Vital statistics of India. Vol. IV, Annual returns from 1871 to 1876. British Army of India, Native Army and jails of Bengal
Year: 1871
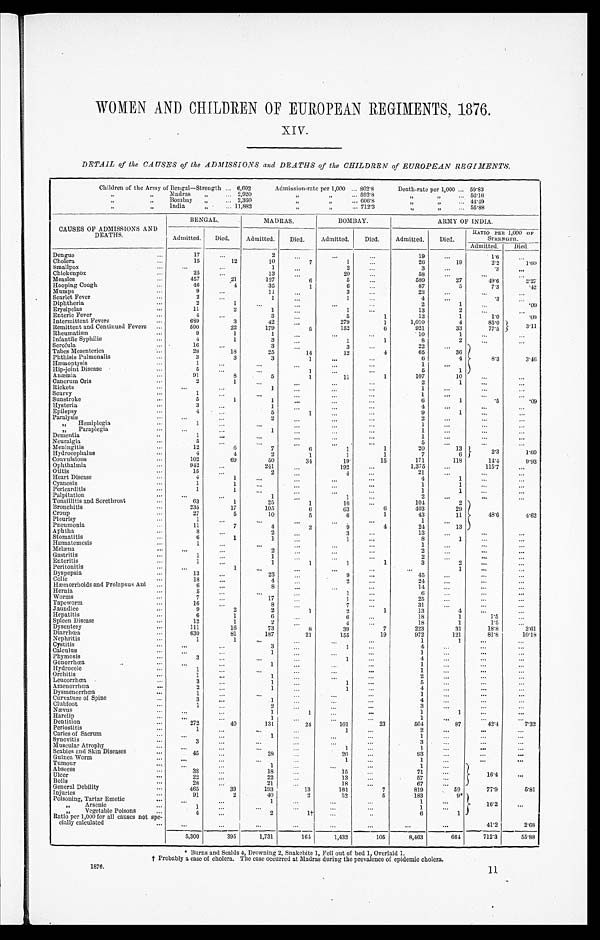
WOMEN AND CHILDREN OF EUROPEAN REGIMENTS, 1876.
X I V .
DETAIL of the CAUSES of the ADMISSIONS and DEATHS of the CHILDREN of EUROPEAN REGIMENTS.
Children of the Army of Bengal—Strength 6,602 Admission-rate per 1,000 802.8 Death-rate per 1,000 5 9 . 8 3
" " Madras
2,920 " " 592.8 " " 5 6 . 1 0
„" " Bombay "
2 , 3 6 0 " " 606.8 " " 4 4 . 4 9
" " India
11,882 " " 712.3 " " 5 5 . 8 8
CAUSES OF ADMISSIONS AND
DEATHS.
BENGAL.
MADRAS.
BOMBAY.
A R M Y O F I N D I A .
Admitted. Died. Admitted. Died. Admitted. Died. Admitted. Died.
RATIO PER 1,000 OF
STRENGTH.
Admitted. Died.
Dengue
17
2
19
1 . 6
Cholera
15
12
1 0 7
1
260
19
2.2
1 . 6 0
Smallpox
1
2
3
.3
2.27
Chickenpox
25
13
20
58
Measles
457
21
127
6
5
589
27
4 9 . 6
Hooping Cough
46
4
35
1
6
87
5
7.3
.42
Mumps
9
11
3
23
Scarlet Fever
2
1
1
4
.3
Diphtheria
2
1
2
1
.09
Erysipelas
11
2
1
1
13
2
Enteric Fever
4
3
5
1
12
1
1.0
.09
Intermittent. Fevers
689
3
42
279
1
1,010
4
85.0 3. 11
Remittent and Continued Fevers
590
22
179
5
152
6
921
33
77.5
Rheumatism
9
1
1
10
1
Infantile Syphilis
4
1
3
1
1
8
2
Scrofula.
16
3
3
22
8.3
3.46
Tapes Mesenteriea
28
18
25
14
12
4
65
30
Phthisis Pulmonalis
3
3
3
1
6
4
Hæmoptysis
1
1
Hip-joint Disease
5
1
5
1
Anæmia
91
8
5
1
11
1
107
10
Canerum Oris
2
1
2
1
Rickets
1
1
Scurvy
1
1
Sunstroke
5
1
1
6
1
.5
.09
Hysteria
3
1
4
Epilepsy
4
5
1
9
1
Paralysis
2
2
" Hemiplegia
1
1
Paraplegia
1
1
Dementia
1
1
Neuralgia
5
5
Meningitis
12
6
7
6
1
1
20
13
2 . 3
1.60
Hydrocephalus
4
4
2
1
1
1
7
6
Convulsions
102
69
50
34
19
15
171
118
14.4
9.93
Ophthalmia
942
241
192
1,375
115.7
Otitis
15
2
4
21
Heart Disease
4
1
4
1
Cyanosis
1
1
1
1
Pericarditis
1
1
1
1
Palpitation
1
1
2
Tonsillitis and Sorethroat
63
1
25
1
16
104
2
48.6
4.62
Bronchitis
235
17
105
6
63
6
403
29
Croup
27
5
10
5
6
1
43
11
Pleurisy
1
1
Pneumonia
11
7
4
2
9
4
24
13
Aphtha
8
2
3
13
Stomatitis
6
1
1
1
8
1
Hæmatemesis
1
1
M e l æ n a
2
2
Gastritis
1
1
2
Enteritis
1
1
1
1
1
3
2
Peritonitis
1
1
Dyspepsia
13
23
9
45
Colic
18
4
2
24
Hæmorrhoids and Prolapsus Ani
6
8
1 4
Hernia
5
1
6
Worms
7
17
1
25
Tapeworm
16
8
7
31
Jaundice
9
2
2
1
2
1
13
4
Hepatitis
6
1
6
18
1
1.5
Spleen Disease
12
1
2
4
18
1
1.5
Dysentery
111
16
73
8
39
7
223
31
18.8
2.61
Diarrhœa
630
81
187
21
155
19
972
121
81.8
10.18
Nephritis
1
1
1
1
Cystitis
3
4
Calculus
1
1
Phymosis
3
1
4
Gonorrhœa
1
1
Hydrocele
1
1
Orchitis
1
1
2
Leueorrhœa
3
1
1
5
Amenorrhœa
2
1
1
4
Dysmenorrhœa
1
1
Curvature of Spine
1
4
Clubfoot
1
2
3
Nævus
1
1
1
1
Harelip
1
1
1
Dentition
272
40
131
24
101
23
504
87
4 2 . 4
7.32
Periostitis
1
1
2
Caries of Sacrum
1
1
Synovitis
3
3
Muscular Atrophy
1
1
Scabies and Skin Diseases
45
28
20
93
Guinea Worm
1
1
Tumour
1
1
1 6 . 4
Abscess
38
18
15
71
Ulcer
22
22
13
57
Boils
2 8
21
18
67
General Debility
465
39
193
13
161
7
819
59
77.9
5.81
Injuries
91
2
40
2
52
5
183
9 *
1 6 . 2
Poisoning, Tartar Emetic
1
1
" A r s e n i c
1
1
" Vegetable Poisons
4
2
1 †
6
1
Ratio per 1,000 for all causes not spe-
cially calculated
41.2
2.68
5,300
3 9 5
1,731
164
1,432
105
8,463
664
712.3
55.88
*Burns and Scalds 4, Drowning 2, Snakebite 1, Fell out of bed 1, Overlaid 1.
† Probably a case of cholera. The case occurred at Madras during the prevalence of epidemic cholera.
1876.